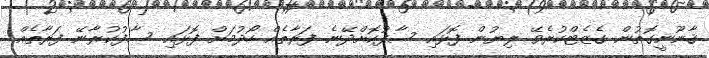
ޤާނޫނީގޮތުން ގެޒެޓްކުރެވޭ ލިޔުން ފޮޅައި ސާފުކޮށްދޭނެ ފަރާތެއް ހޯދުމަށް ފޮޅައި ސާފުކުރާނޭ ފަރާތެއް